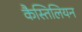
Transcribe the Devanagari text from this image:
कैस्तिलियन